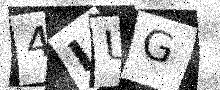
Text: 4IUG